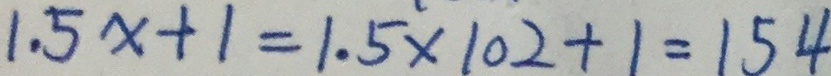
1 . 5 x + 1 = 1 . 5 \times 1 0 2 + 1 = 1 5 4